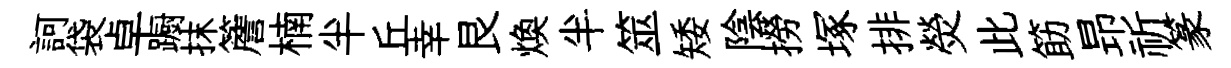
訶袋卓蹰抹簷楠半丘幸艮焕半筮矮陰撈塚排熒此筯昻祈篆